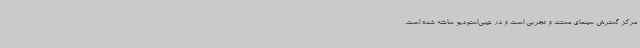
مرکز گسترش سینمای مستند و تجربی است و در جیبی‌استودیو ساخته شده است.